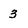
Character: 3